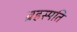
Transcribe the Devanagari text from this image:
ब्रहस्पति